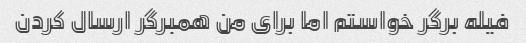
فیله برگر خواستم اما برای من همبرگر ارسال کردن